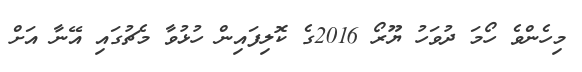
މިހެންވެ ހޯމަ ދުވަހު ޔޫރޯ 2016ގެ ކޮލިފައިން ހުޅުވާ މެޗުގައި އޭނާ އަށް